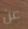
عن